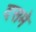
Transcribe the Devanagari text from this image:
दसमे